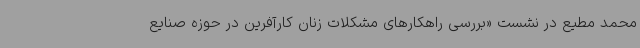
محمد مطیع در نشست «بررسی راهکارهای مشکلات زنان کارآفرین در حوزه صنایع